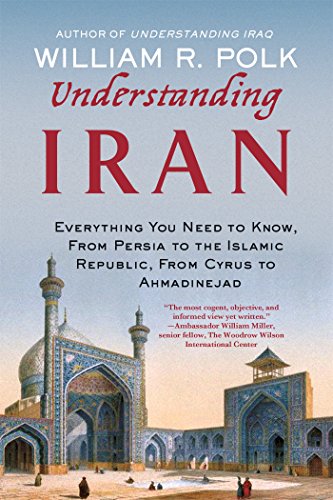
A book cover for Understanding Iran: Everything You Need to Know, From Persia to the Islamic Republic, From Cyrus to Ahmadinejad; William R. Polk; History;